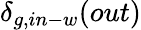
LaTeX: \delta_{g,in-w}(out)